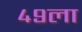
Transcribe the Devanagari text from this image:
४९ला